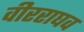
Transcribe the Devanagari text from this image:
वीरराघव